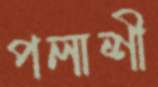
পলাশী